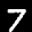
Label: 7